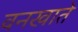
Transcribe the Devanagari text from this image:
वनखाते